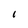
Character: 1